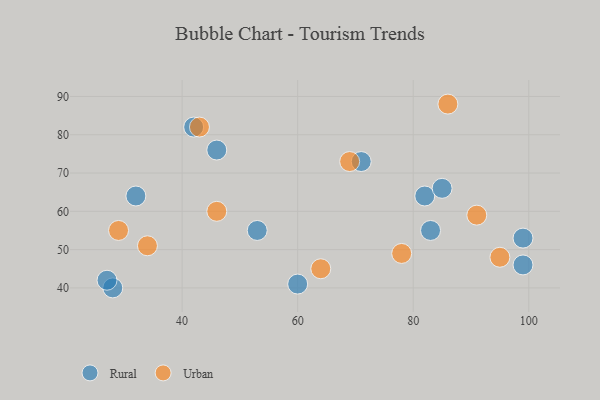
{"axis": {"x": "GDP", "y": "Life Expectancy"}, "legend": ["Rural", "Urban"], "data": [{"x": "28", "y": 40, "type": "Rural"}, {"x": "32", "y": 64, "type": "Rural"}, {"x": "53", "y": 55, "type": "Rural"}, {"x": "46", "y": 76, "type": "Rural"}, {"x": "27", "y": 42, "type": "Rural"}, {"x": "71", "y": 73, "type": "Rural"}, {"x": "83", "y": 55, "type": "Rural"}, {"x": "99", "y": 53, "type": "Rural"}, {"x": "60", "y": 41, "type": "Rural"}, {"x": "42", "y": 82, "type": "Rural"}, {"x": "82", "y": 64, "type": "Rural"}, {"x": "85", "y": 66, "type": "Rural"}, {"x": "99", "y": 46, "type": "Rural"}, {"x": "34", "y": 51, "type": "Urban"}, {"x": "86", "y": 88, "type": "Urban"}, {"x": "29", "y": 55, "type": "Urban"}, {"x": "78", "y": 49, "type": "Urban"}, {"x": "91", "y": 59, "type": "Urban"}, {"x": "64", "y": 45, "type": "Urban"}, {"x": "69", "y": 73, "type": "Urban"}, {"x": "43", "y": 82, "type": "Urban"}, {"x": "46", "y": 60, "type": "Urban"}, {"x": "95", "y": 48, "type": "Urban"}]}